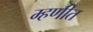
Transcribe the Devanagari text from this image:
म्हणीत